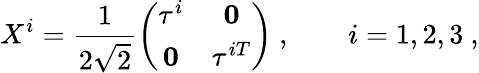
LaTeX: X^{i}=\frac{1}{2\sqrt{2}}\left(\begin{array}{cc}{{\tau^{i}}}&{{{\mathbf 0}}}\\ {{{\mathbf 0}}}&{{\tau^{iT}}}\end{array}\right)\ ,\qquad i=1,2,3\ ,